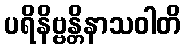
ပရိနိဗ္ဗန္တိနာသဝါတိ